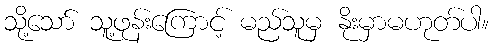
သို့သော် သူ့ဖုန်းကြောင့် မည်သူမှ နိုးမှာမဟုတ်ပါ။